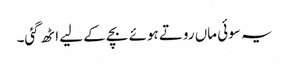
یہ سوئی ماں روتے ہوئے بچے کے لیے اٹھ گئی۔